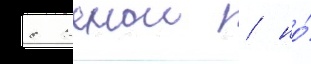
с женои / но́